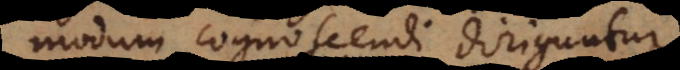
modum cognoscendi diriguntur,